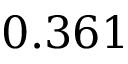
0 . 3 6 1